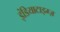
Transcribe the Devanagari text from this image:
इंडियाटाइम्‍ज़